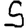
Digit: 5